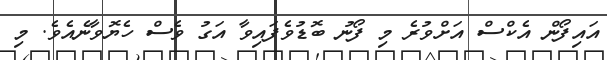
އައިފޯން އެކްސް އަށްވުރެ މި ފޯނު ބޮޑުވެފައިވާ އަގު ވެސް ހެޔޮވާނެއެވެ. މި